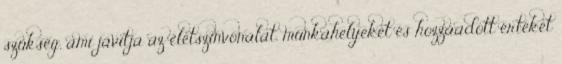
szükség, ami javítja az életszínvonalat, munkahelyeket és hozzáadott értéket